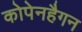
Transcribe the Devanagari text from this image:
कोपेनहैगन